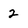
Character: 2